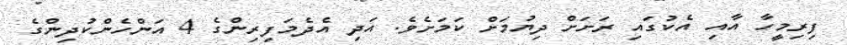
ފިރިމީހާ އާއި އެކުގައި ރަށަށް ދިޔުމަށް ކަމަށެވެ. އަދި އެދެމަފިރިންގެ 4 އަންހެންކުދިންގެ